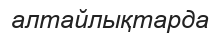
алтайлықтарда